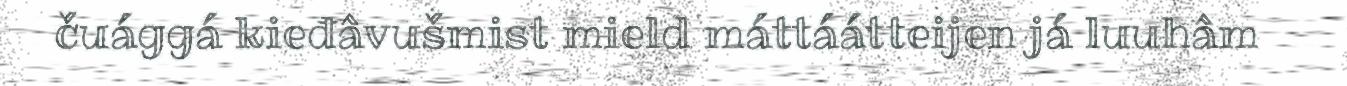
čuággá kieđâvušmist mield máttáátteijen já luuhâm